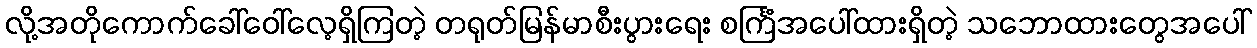
လို့အတိုကောက်ခေါ်ဝေါ်လေ့ရှိကြတဲ့ တရုတ်မြန်မာစီးပွားရေး စင်္ကြံအပေါ်ထားရှိတဲ့ သဘောထားတွေအပေါ်